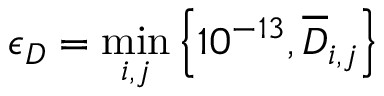
\epsilon _ { D } = \operatorname* { m i n } _ { i , j } \left\{ 1 0 ^ { - 1 3 } , \overline { { D } } _ { i , j } \right\}